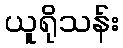
ယူရိုသန်း